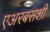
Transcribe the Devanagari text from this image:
एअरबसशी